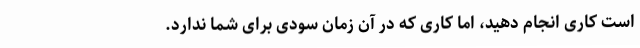
است کاری انجام دهید، اما کاری که در آن زمان سودی برای شما ندارد.